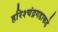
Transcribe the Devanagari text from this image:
हरिश्चंद्रगडाकडे